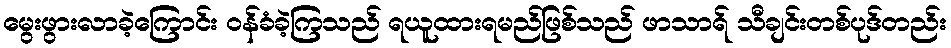
မွေးဖွားလာခဲ့ကြောင်း ဝန်ခံခဲ့ကြသည် ရယူထားရမည်ဖြစ်သည် ဖာသာရ် သီချင်းတစ်ပုဒ်တည်း